Civil Veterinary Department Bihar reports 1940-50 - 1940-1950
Year: 1940
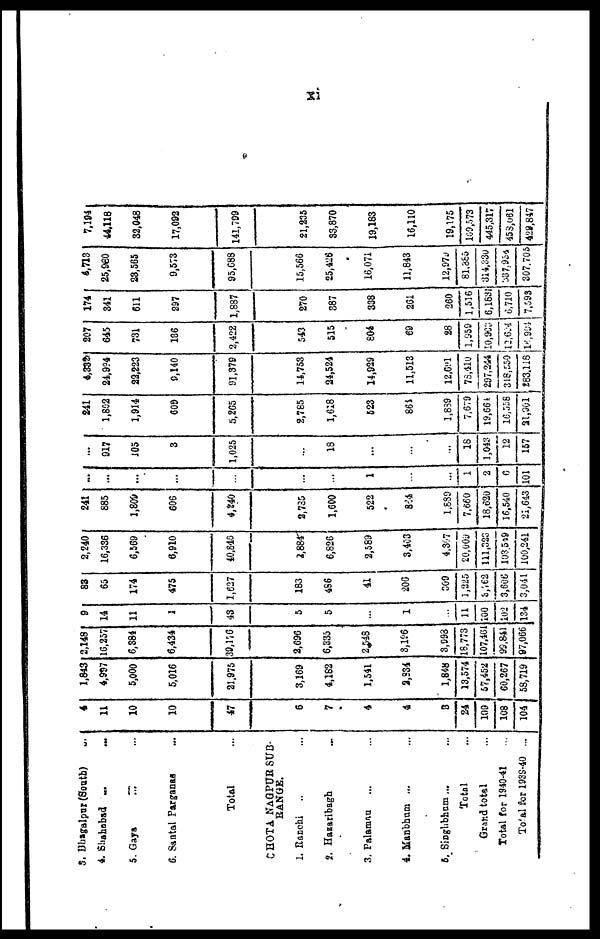
xi
3. Bhagalpur (South) ...
4. Shahabad ...
...
5. Gaya ... ...
6. Santal Parganas ...
Total ...
CHOTA NAGPUR SUB-
RANGE.
1. Ranchi ... ...
2. Hasaribagh ...
3. Palamau ... ...
4. Manbhum ... ...
5. Singhbhum ... ...
Total ...
Grand total ...
Total for 1940-41 ...
Total for 1939-40 ...
4
11
10
10
47
6
7
4
4
3
24
109
108
104
1,843
4,997
5,000
5,016
21,975
3,169
4,182
1,541
2,831
1,848
13,574
57,452
60,267
58,719
2,148
16,257
6,384
6,434
39,17 6
2,696
6,335
2 548
3,196
3,993
18,773
107,461
99,841
97,066
9
14
11
1
43
5
5
...
1
...
11
100
102
134
83
65
174
475
1,627
183
4S6
41
206
369
1,225
3,762
3,606
3,041
2,240
16,336
6,569
6,910
40,846
2,884
6,826
2,589
3,403
4,307
20,009
111,323
103.509
100,241
241
885
1,809
606
4,240
2,785
1,600
522
864
1,889
7,660
18,620
16,540
21,643
...
...
...
...
...
...
...
1
...
...
1
2
6
101
...
917
105
3
1,025
...
18
...
...
...
18
1,043
12
157
241
1,802
1,914
609
5,265
2,785
1,618
523
864
1,839
7,679
19,661.
16,558
21,901
4,332
24,994
22,223
9,140
91,379
14,753
24,524
14,929
11,513
12.69l
73,410
297,244
318,550
283.118
207
645
731
136
2,422
543
515
804
69
28
1,959
10,903
I2.624
16,994
174
341
611
297
1,887
270
887
338
261
260
1,516
6,183
6,710
7,593
4,713
25,9160
23,565
9,573
95,688
15,566
25,426
16,071
11,843
12,979
81,865
314,830
337,954
307.705
7,194
44,118
32,048
17,092
141,799
21,235
83,870
19,183
16,110
19,175
169,573
445,317
-
458,061
429,847